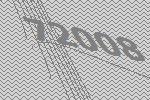
72008